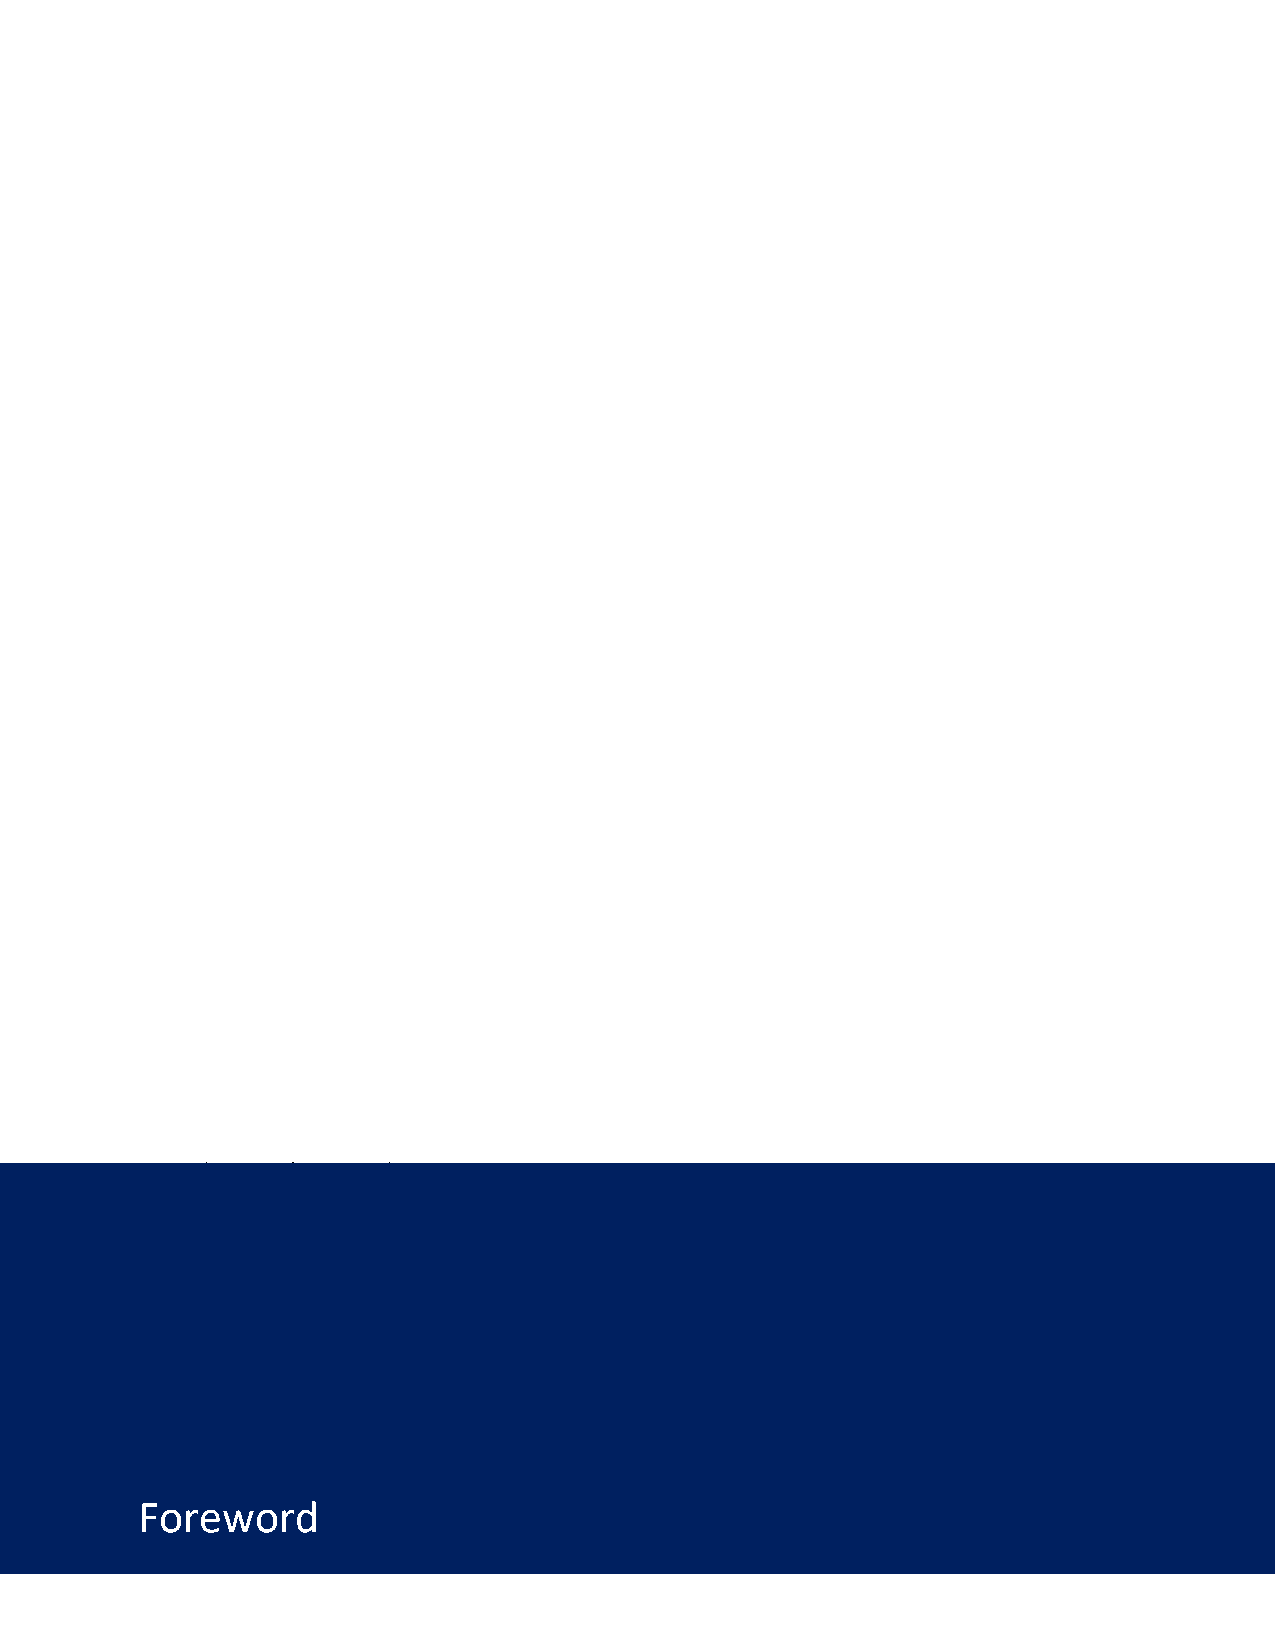
Revised on November 2017 and August 2018
 This document is subject to copyright. This document may be used and reproduced for non-commercial purposes, with
 attribution to the World Bank. The document may not be modified.
 Those wishing to submit comments or questions on these Regulations or to obtain additional information on procurement under
 World Bank-financed projects are encouraged to contact:
 Procurement Policy and Services Group
 Operations Policy and Country Services Vice Presidency
 The World Bank, 1818 H Street, NW Washington, D.C., 20433, U.S.A.
 Foreword